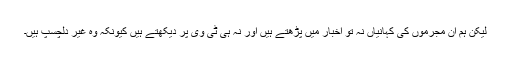
لیکن ہم ان مجرموں کی کہانیاں نہ تو اخبار میں پڑھتے ہیں اور نہ ہی ٹی وی پر دیکھتے ہیں کیونکہ وہ غیر دلچسپ ہیں۔